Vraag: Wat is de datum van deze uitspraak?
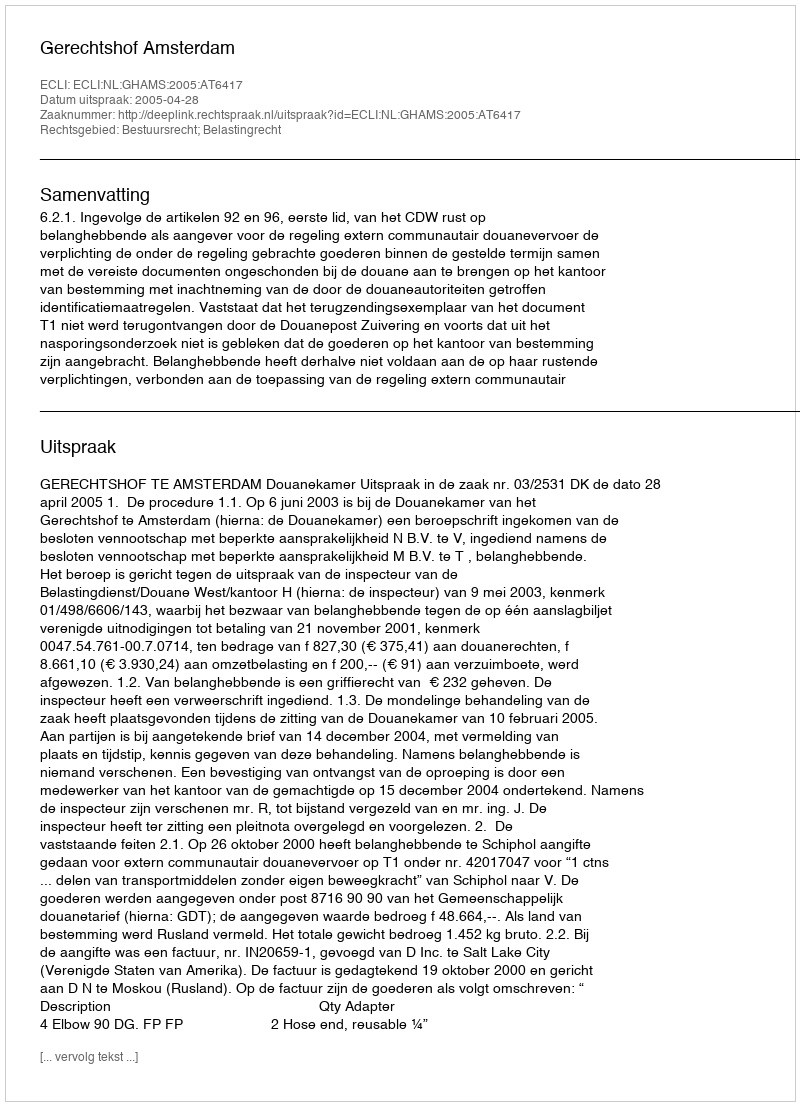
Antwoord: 2005-04-28